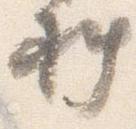
料